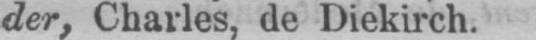
der, Charles, de Diekirch.